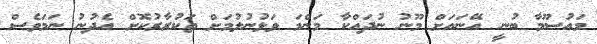
މައުސޫމާ ބުނީ އޭނައަށް މޫނު ނުދައްކާ މަންމަ ވަޅުނުލުމަށް ތަކުރާރުކޮށް އެދުނު ނަމަވެސް